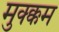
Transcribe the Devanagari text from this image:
मुक्क्कम